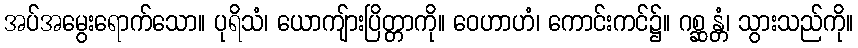
အပ်အမွေးရောက်သော။ ပုရိသံ၊ ယောကျ်ားပြိတ္တာကို။ ဝေဟာဟံ၊ ကောင်းကင်၌။ ဂစ္ဆန္တံ၊ သွားသည်ကို။